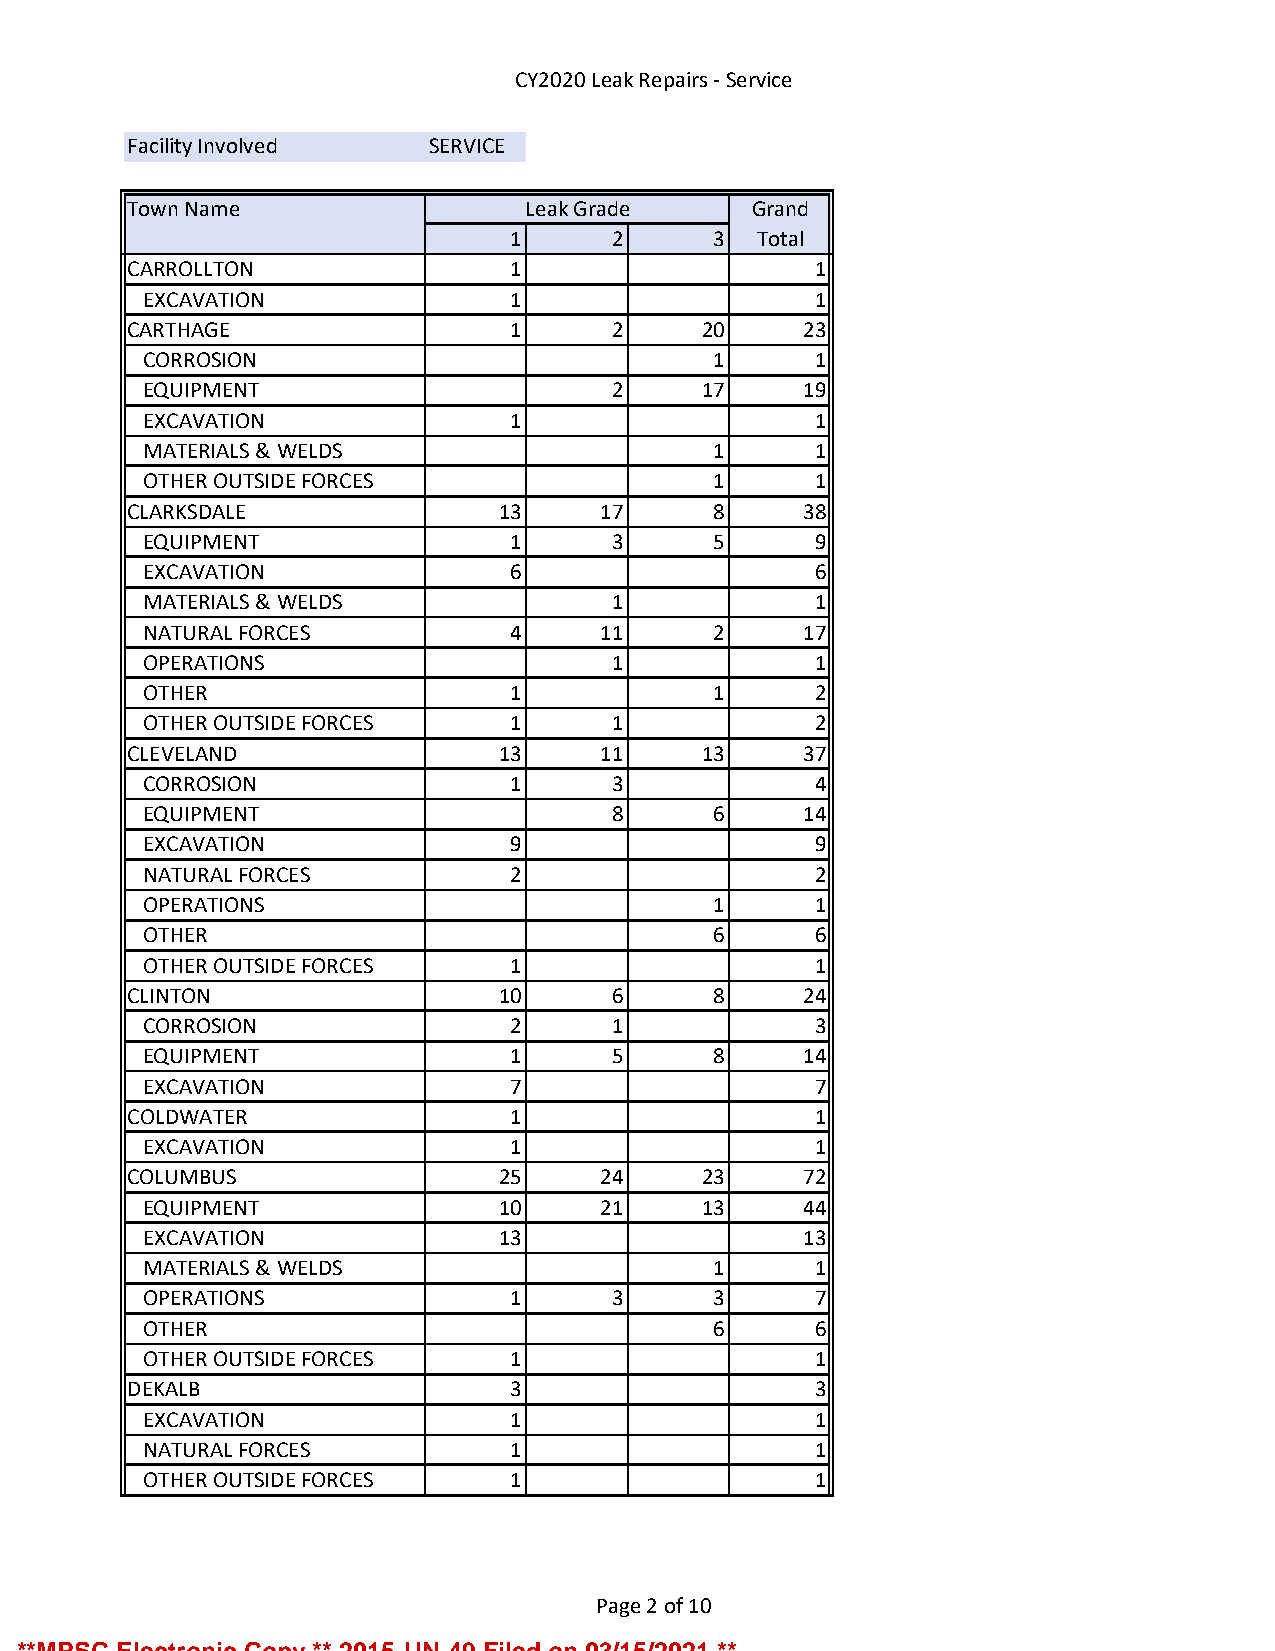
CY2020 Leak Repairs - Service
 Facility Involved   SERVICE
 Town Name                 Leak Grade     Grand
 1      2     3  Total
 CARROLLTON               1                   1
 EXCAVATION              1                   1
 CARTHAGE                 1      2     20    23
 CORROSION                            1      1
 EQUIPMENT                      2     17    19
 EXCAVATION              1                   1
 MATERIALS & WELDS                    1      1
 OTHER OUTSIDE FORCES                 1      1
 CLARKSDALE              13     17     8     38
 EQUIPMENT               1      3     5      9
 EXCAVATION              6                   6
 MATERIALS & WELDS              1            1
 NATURAL FORCES          4     11     2     17
 OPERATIONS                     1            1
 OTHER                   1            1      2
 OTHER OUTSIDE FORCES    1      1            2
 CLEVELAND               13     11     13    37
 CORROSION               1      3            4
 EQUIPMENT                      8     6     14
 EXCAVATION              9                   9
 NATURAL FORCES          2                   2
 OPERATIONS                           1      1
 OTHER                                6      6
 OTHER OUTSIDE FORCES    1                   1
 CLINTON                 10      6     8     24
 CORROSION               2      1            3
 EQUIPMENT               1      5     8     14
 EXCAVATION              7                   7
 COLDWATER                1                   1
 EXCAVATION              1                   1
 COLUMBUS                25     24     23    72
 EQUIPMENT              10     21     13    44
 EXCAVATION             13                  13
 MATERIALS & WELDS                    1      1
 OPERATIONS              1      3     3      7
 OTHER                                6      6
 OTHER OUTSIDE FORCES    1                   1
 DEKALB                   3                   3
 EXCAVATION              1                   1
 NATURAL FORCES          1                   1
 OTHER OUTSIDE FORCES    1                   1
 Page 2 of 10
 **MPSC Electronic Copy ** 2015-UN-49 Filed on 03/15/2021 **